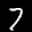
Label: 7